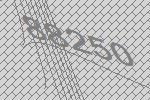
88250